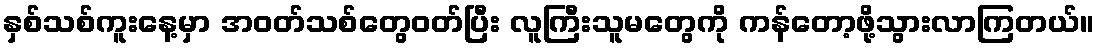
နှစ်သစ်ကူးနေ့မှာ အဝတ်သစ်တွေဝတ်ပြီး လူကြီးသူမတွေကို ကန်တော့ဖို့သွားလာကြတယ်။